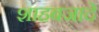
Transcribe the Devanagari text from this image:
शाहबजादे